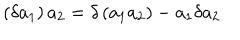
LaTeX: \left( \delta a _ { 1 } \right) a _ { 2 } = \delta \left( a _ { 1 } a _ { 2 } \right) - a _ { 1 } \delta a _ { 2 }